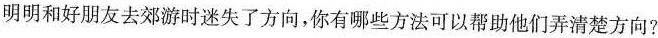
明明和好朋友去郊游时迷失了方向，你有哪些方法可以帮助他们弄清楚方向?